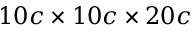
1 0 c \times 1 0 c \times 2 0 c